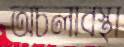
অচলাবস্থা